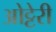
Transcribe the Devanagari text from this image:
ओट्टेरी